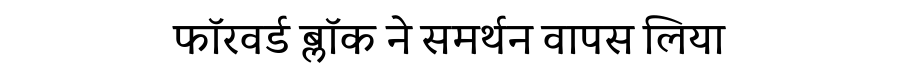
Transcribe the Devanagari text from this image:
फॉरवर्ड ब्लॉक ने समर्थन वापस लिया